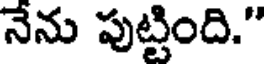
నేను పుట్టింది."